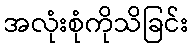
အလုံးစုံကိုသိခြင်း